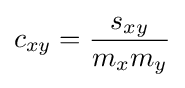
c_{xy}={\frac {s_{xy}}{m_{x}m_{y}}}